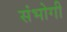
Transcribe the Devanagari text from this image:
संभोगी